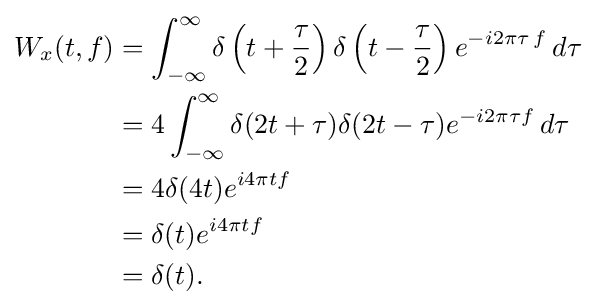
{\begin{aligned}W_{x}(t,f)&=\int _{-\infty }^{\infty }\delta \left(t+{\frac {\tau }{2}}\right)\delta \left(t-{\frac {\tau }{2}}\right)e^{-i2\pi \tau \,f}\,d\tau \\&=4\int _{-\infty }^{\infty }\delta (2t+\tau )\delta (2t-\tau )e^{-i2\pi \tau f}\,d\tau \\&=4\delta (4t)e^{i4\pi tf}\\&=\delta (t)e^{i4\pi tf}\\&=\delta (t).\end{aligned}}